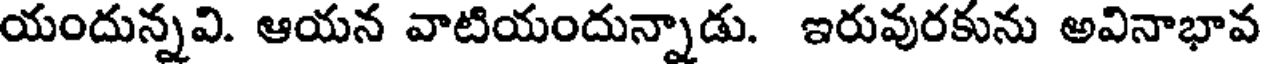
యందున్నవి. ఆయన వాటియందున్నాడు. ఇరువురకును అవినాభావ